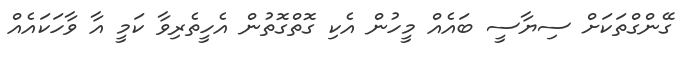
ގޭންގްތަކަށް ސިޔާސީ ބައެއް މީހުން އެކި ގޮތްގޮތުން އެހީތެރިވާ ކަމީ އާ ވާހަކައެއް